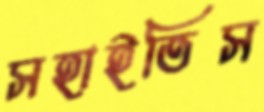
সহাইতিস